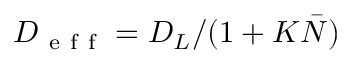
{ D } _ { \mathrm { ~ e ~ f ~ f ~ } } = { { D } } _ { L } / ( 1 + K \bar { N } )